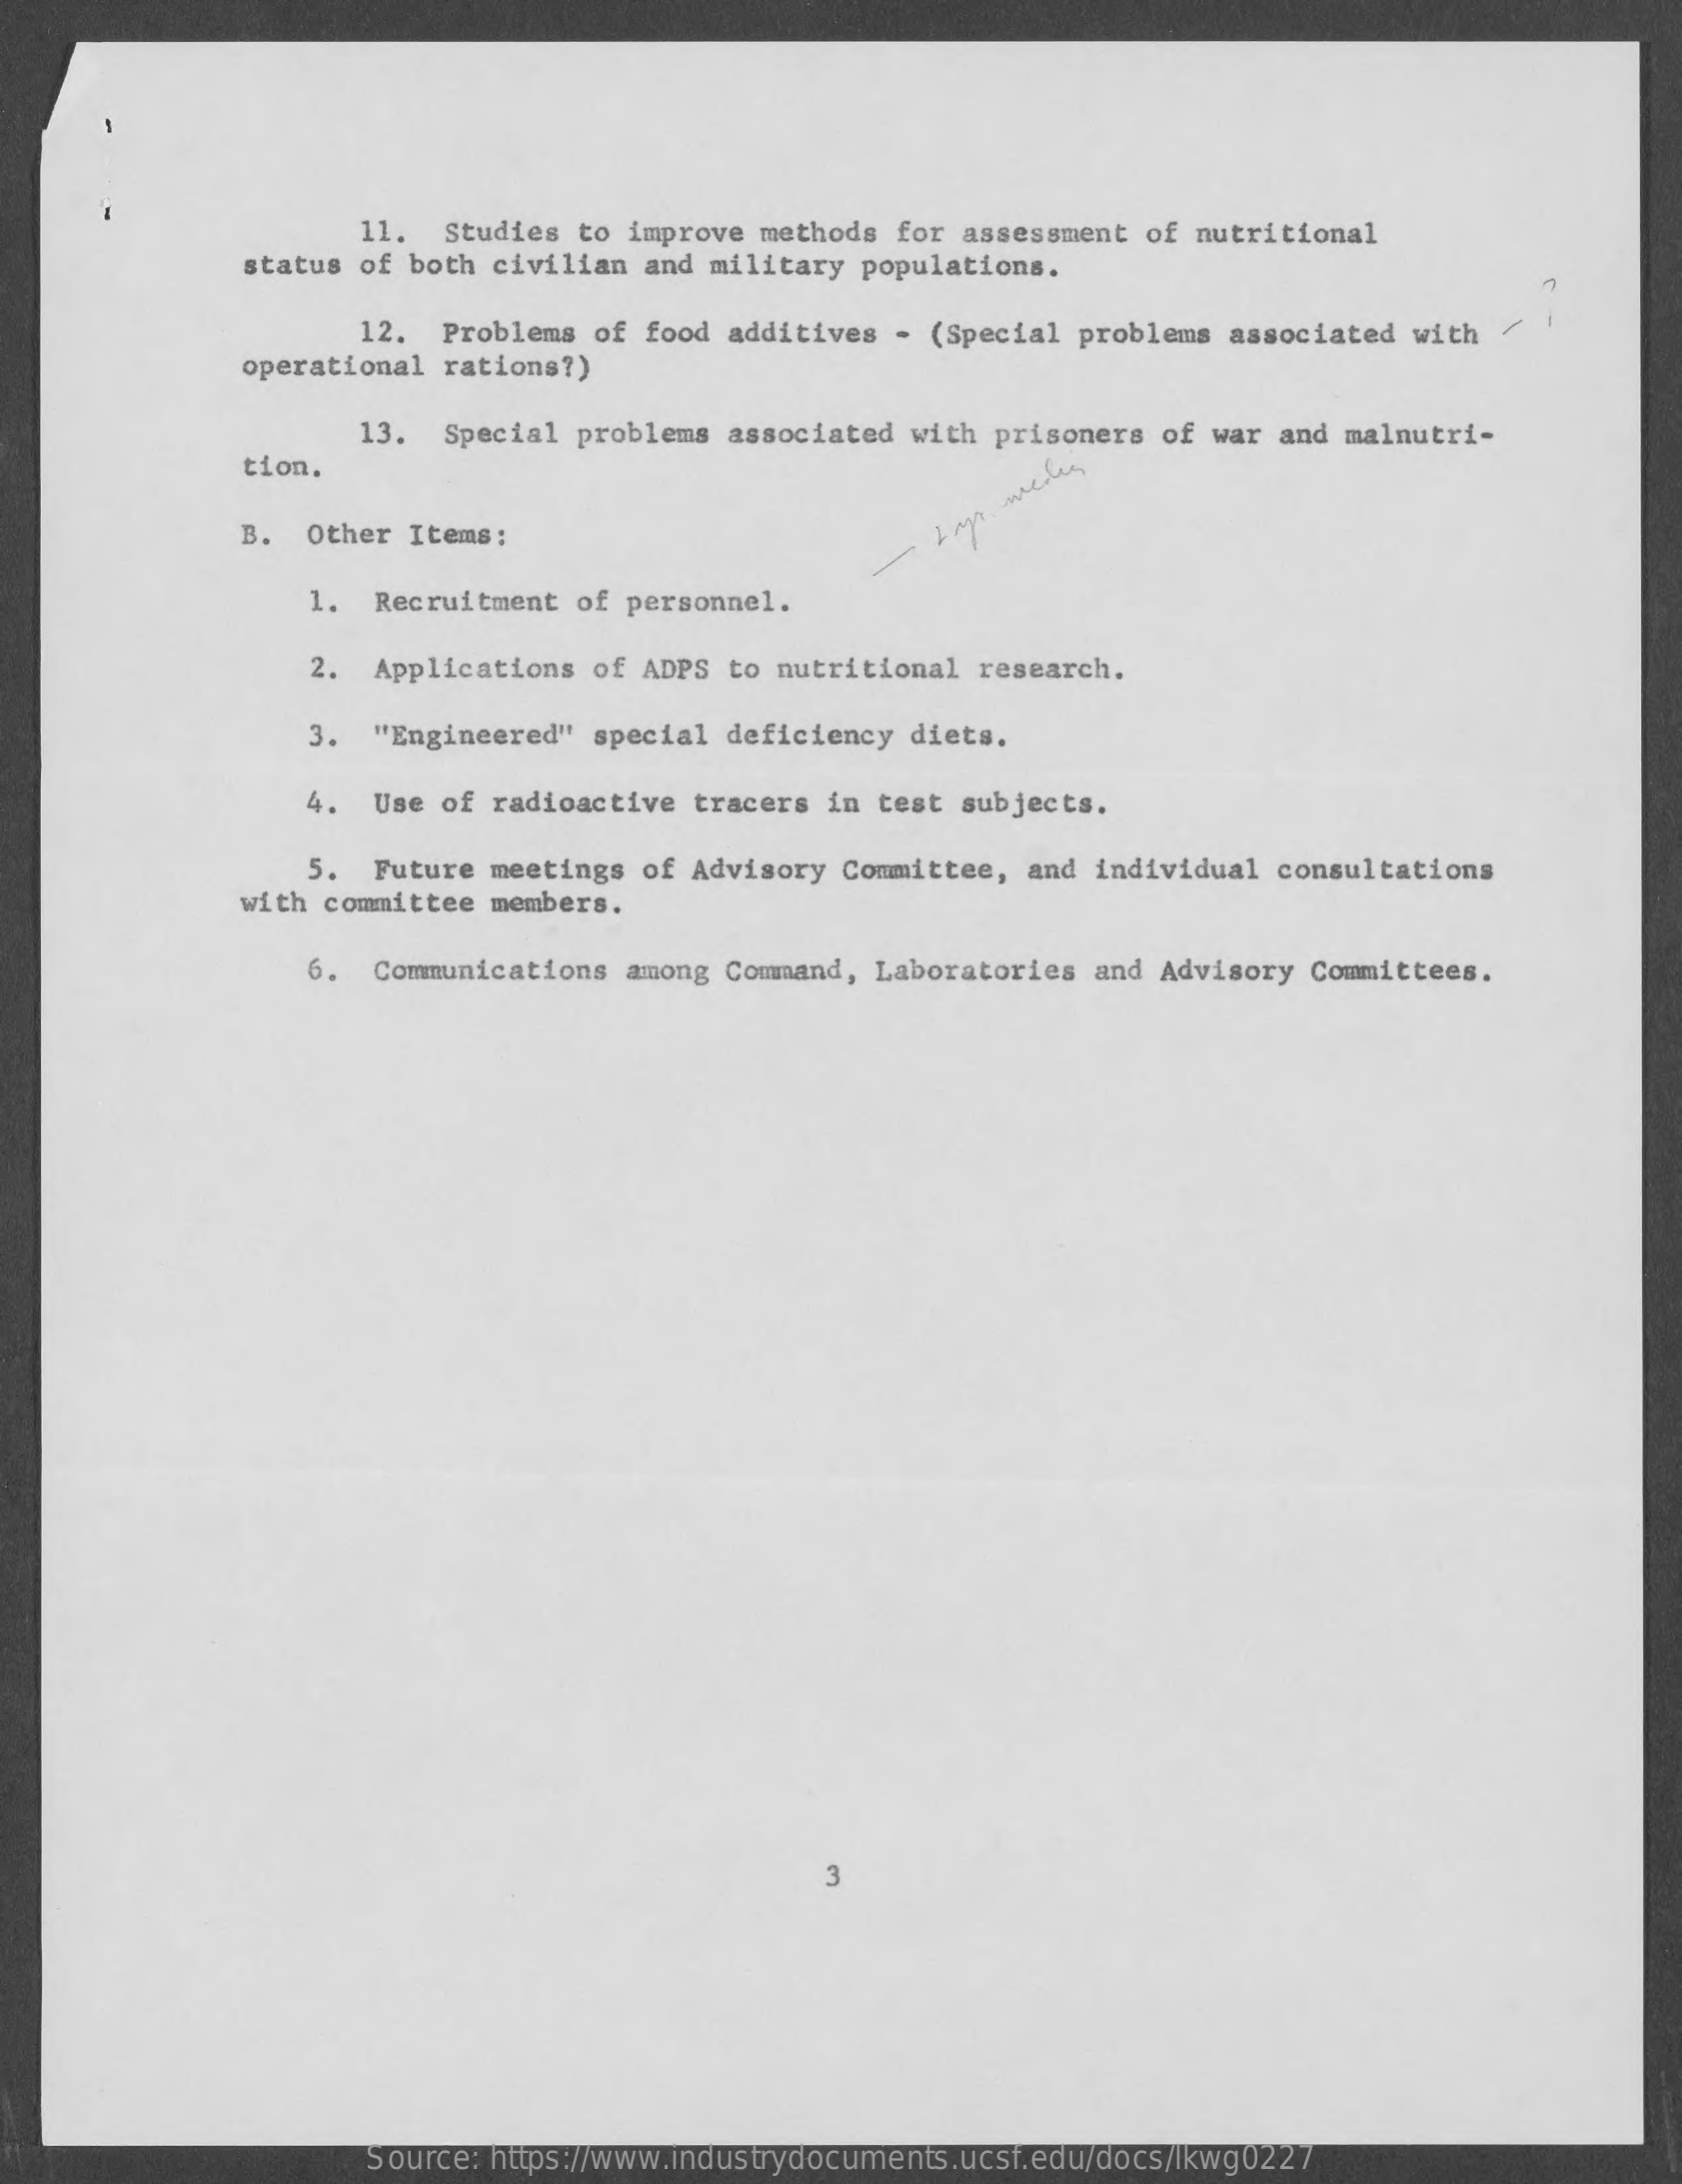
11.  Studies to improve methods for assessment of nutritional
     status of both civilian and military populations.
     12.  Problems of food additives - (Special problems associated with /
     operational rations?)
     13. Special problems associated with prisoners of war and malnutri-
     tion.
     B. Other Items:
     1. Recruitment of personnel.
     2. Applications of ADPS to nutritional research.
     3. "Engineered" special deficiency diets.
     4. Use of radioactive tracers in test subjects.
     5. Future meetings of Advisory Committee, and individual consultations
     with committee members.
     6. Communications among Command, Laboratories and Advisory Committees.
     3
     Source: https://www.industrydocuments.ucsf.edu/docs/lkwg0227